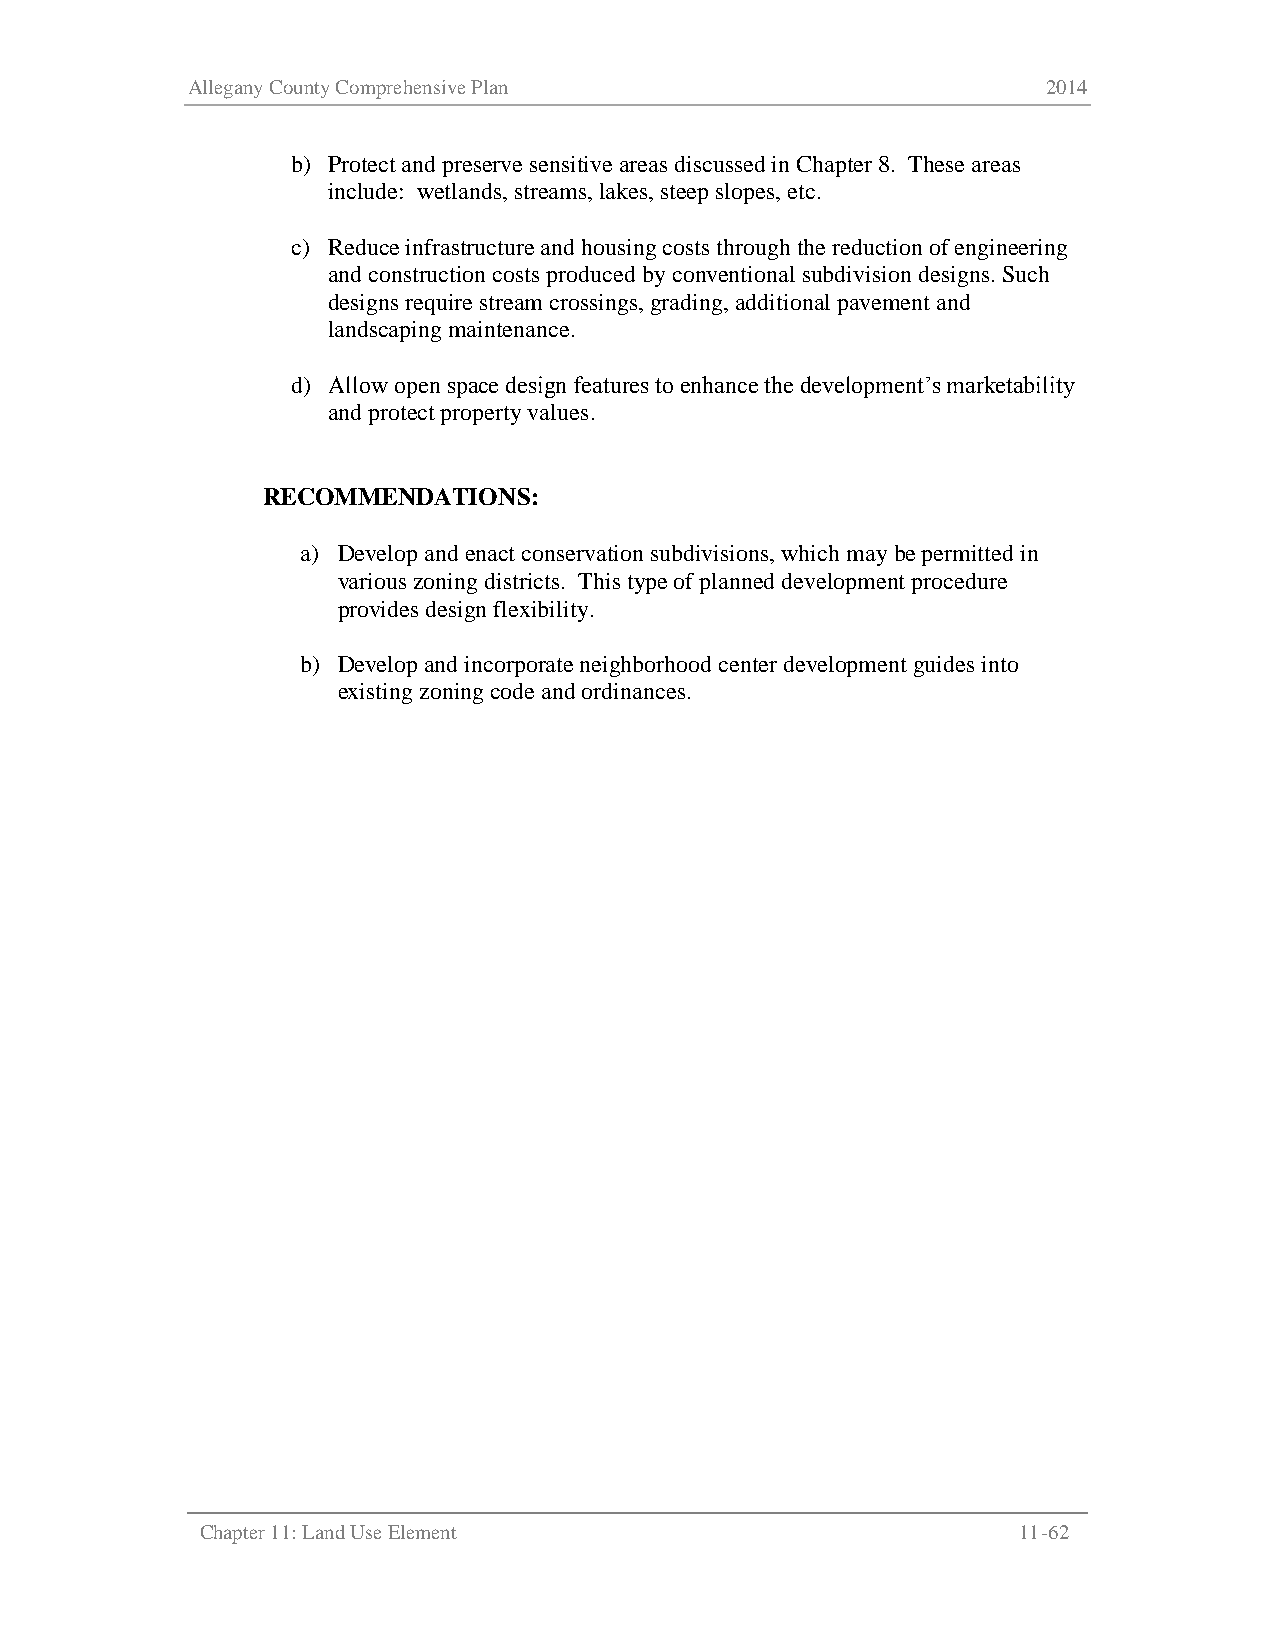
Allegany County Comprehensive Plan                       2014
 b) Protect and preserve sensitive areas discussed in Chapter 8. These areas
 include: wetlands, streams, lakes, steep slopes, etc.
 c) Reduce infrastructure and housing costs through the reduction of engineering
 and construction costs produced by conventional subdivision designs. Such
 designs require stream crossings, grading, additional pavement and
 landscaping maintenance.
 d) Allow open space design features to enhance the development’s marketability
 and protect property values.
 RECOMMENDATIONS:
 a) Develop and enact conservation subdivisions, which may be permitted in
 various zoning districts. This type of planned development procedure
 provides design flexibility.
 b) Develop and incorporate neighborhood center development guides into
 existing zoning code and ordinances.
 Chapter 11: Land Use Element                          11-62